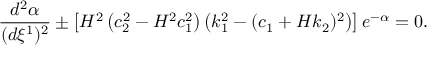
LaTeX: \frac { d ^ { 2 } \alpha } { ( d \xi ^ { 1 } ) ^ { 2 } } \pm \left[ H ^ { 2 } \left( c _ { 2 } ^ { 2 } - H ^ { 2 } c _ { 1 } ^ { 2 } \right) \left( k _ { 1 } ^ { 2 } - ( c _ { 1 } + H k _ { 2 } ) ^ { 2 } \right) \right] e ^ { - \alpha } = 0 .